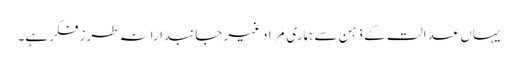
یہاں عدالت کے ذہن سے ہماری مُراد غیر جانبدارانہ طرزفکر ہے۔